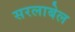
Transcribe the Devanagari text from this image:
सरलाबेल